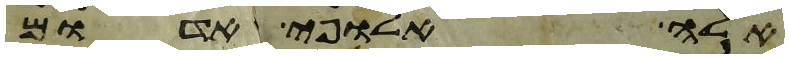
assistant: אלה אלופי אדום